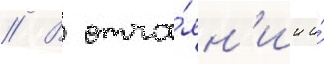
// В отча́ян'ии и́